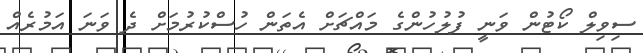
ސިވިލް ކޯޓުން ވަނީ ފުލުހުންގެ މައްޗަށް އެތަން ހުސްކުރުމަށް ދެ ވަނަ އަމުރެއް